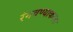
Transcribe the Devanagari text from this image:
रंगवण्याकरता